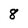
Character: 8